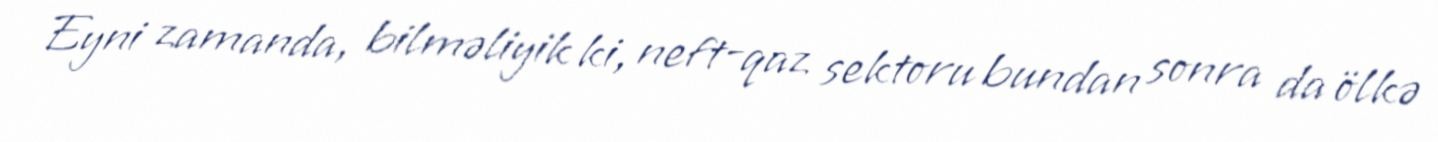
Eyni zamanda, bilməliyik ki, neft-qaz sektoru bundan sonra da ölkə